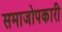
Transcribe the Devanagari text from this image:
समाजोपकारी